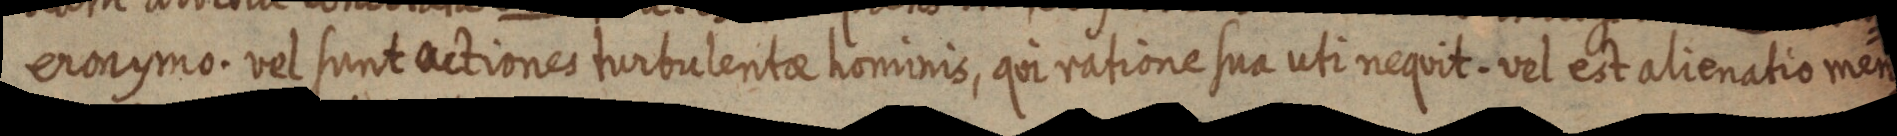
eronymo. vel sunt actiones turbulentae hominis, qui ratione sua uti nequit. vel est alienatio men